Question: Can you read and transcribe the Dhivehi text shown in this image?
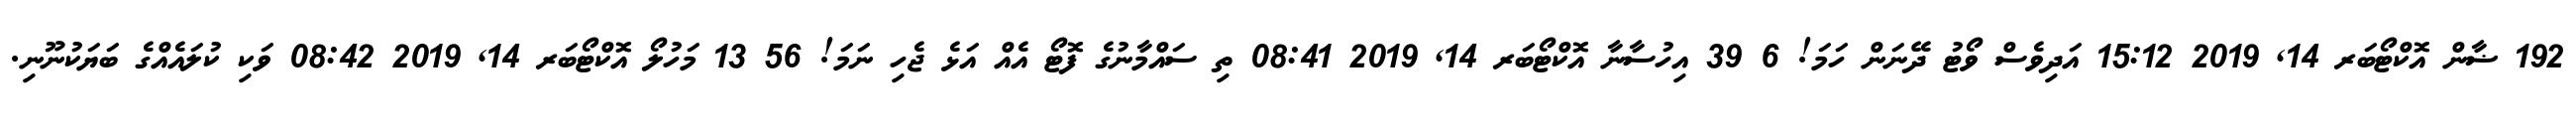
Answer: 192 ޟާން އޮކްޓޯބަރ 14, 2019 15:12 އަދިވެސް ވޯޓު ދޭނަން ހަމަ! 6 39 އިހުސާނާ އޮކްޓޯބަރ 14, 2019 08:41 ތި ސައްމާނުގެ ފޮޓޯ އެއް އަޅެ ޖެހި ނަމަ! 56 13 މަހުލޯ އޮކްޓޯބަރ 14, 2019 08:42 ވަކި ކުލައެއްގެ ބަޔަކުނޫނި.